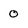
Character: 0